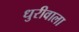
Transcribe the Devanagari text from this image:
धुरीवाला